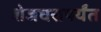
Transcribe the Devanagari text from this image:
शेजघरापर्यंत